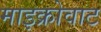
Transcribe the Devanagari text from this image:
माइक्रोवाट